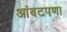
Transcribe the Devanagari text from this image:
आंबटपणा